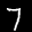
Label: 7